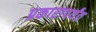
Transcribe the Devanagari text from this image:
प्रकारापर्यंत